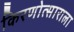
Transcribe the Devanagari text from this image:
किरणोत्साराला